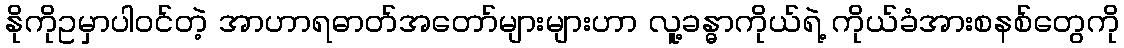
နိုကိုဥမှာပါဝင်တဲ့ အာဟာရဓာတ်အတော်များများဟာ လူ့ခန္ဓာကိုယ်ရဲ့ ကိုယ်ခံအားစနစ်တွေကို